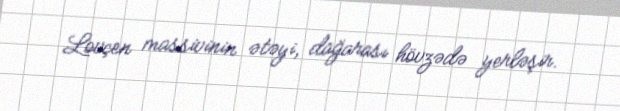
Lovçen massivinin ətəyi, dağarası hövzədə yerləşir.